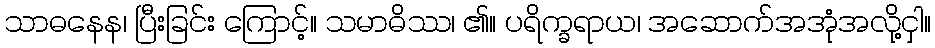
သာဓနေန၊ ပြီးခြင်း ကြောင့်။ သမာဓိဿ၊ ၏။ ပရိက္ခရာယ၊ အဆောက်အအုံအလို့ငှါ။